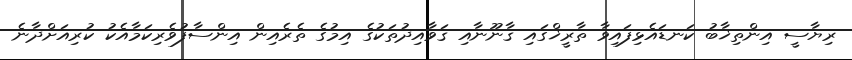
ރިޔާސީ އިންތިޚާބު ކަނޑައެޅިފައިވާ ތާރީޚްގައި ޤާނޫނާއި ޤަވާއިދުތަކުގެ އިމުގެ ތެރެއިން އިންސާފުވެރިކަމާއެކު ކުރިއަށްދާނެ